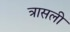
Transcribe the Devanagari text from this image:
त्रासली